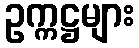
ဥက္ကဋ္ဌများ